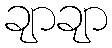
ချာချာ